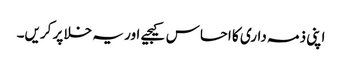
اپنی ذمہ داری کا احساس کیجیے اور یہ خلا پر کریں۔